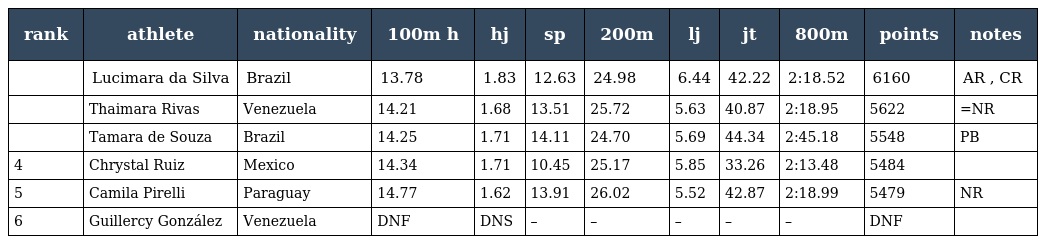
| rank | athlete | nationality | 100m h | hj | sp | 200m | lj | jt | 800m | points | notes |
 | --- | --- | --- | --- | --- | --- | --- | --- | --- | --- | --- | --- |
 |  | Lucimara da Silva | Brazil | 13.78 | 1.83 | 12.63 | 24.98 | 6.44 | 42.22 | 2:18.52 | 6160 | AR , CR |
 |  | Thaimara Rivas | Venezuela | 14.21 | 1.68 | 13.51 | 25.72 | 5.63 | 40.87 | 2:18.95 | 5622 | =NR |
 |  | Tamara de Souza | Brazil | 14.25 | 1.71 | 14.11 | 24.70 | 5.69 | 44.34 | 2:45.18 | 5548 | PB |
 | 4 | Chrystal Ruiz | Mexico | 14.34 | 1.71 | 10.45 | 25.17 | 5.85 | 33.26 | 2:13.48 | 5484 |  |
 | 5 | Camila Pirelli | Paraguay | 14.77 | 1.62 | 13.91 | 26.02 | 5.52 | 42.87 | 2:18.99 | 5479 | NR |
 | 6 | Guillercy González | Venezuela | DNF | DNS | – | – | – | – | – | DNF |  |